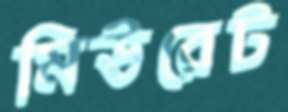
মিউরেট